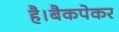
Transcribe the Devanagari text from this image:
है।बैकपेकर